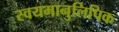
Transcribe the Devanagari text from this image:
स्वयमानुलिपिक